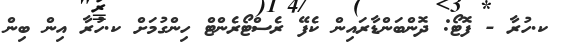
ކ.ހުރާ - ފޮޓޯ: ދޮންބަންޑާރައިން ކެފޭ ރެސްޓޯރެންޓް ހިންގުމަށް ކ.ހުރާ އިން ބިން